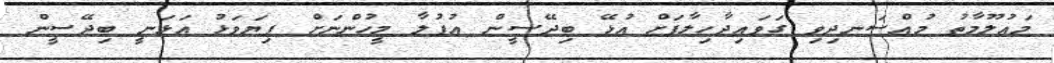
މައުލޫމާތު މުއްސަނދިވި ގަވައިދާހިލާފަށް އުޅޭ ބިދޭސީން އުފުލާ މީހުންނަށް ފިޔަވަޅު އަޅަނީ ބިދޭސީން